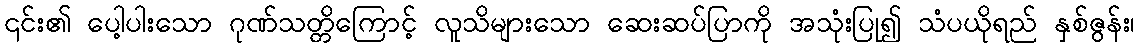
၎င်း၏ ပေါ့ပါးသော ဂုဏ်သတ္တိကြောင့် လူသိများသော ဆေးဆပ်ပြာကို အသုံးပြု၍ သံပယိုရည် နှစ်ဇွန်း၊